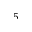
^ 5